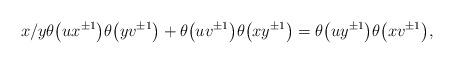
LaTeX: \begin{gather*}x/y \theta\big(u x^{\pm 1}\big) \theta\big(y v^{\pm 1}\big) + \theta\big(u v^{\pm 1}\big)\theta\big(x y^{\pm 1}\big)=\theta\big(u y^{\pm 1}\big) \theta\big(x v^{\pm 1}\big),\end{gather*}